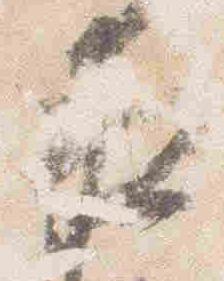
夜